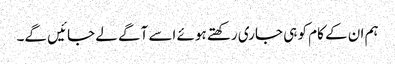
ہم ان کے کام کو ہی جاری رکھتے ہوئے اسے آگے لے جائیں گے۔